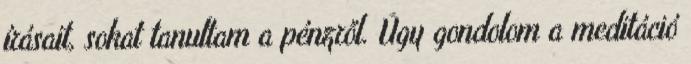
írásait, sokat tanultam a pénzről. Úgy gondolom a meditáció